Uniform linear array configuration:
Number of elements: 48
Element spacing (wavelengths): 0.5
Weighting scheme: blackman
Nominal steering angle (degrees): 0
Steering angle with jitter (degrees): -1.569
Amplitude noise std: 0.05
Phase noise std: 0.05

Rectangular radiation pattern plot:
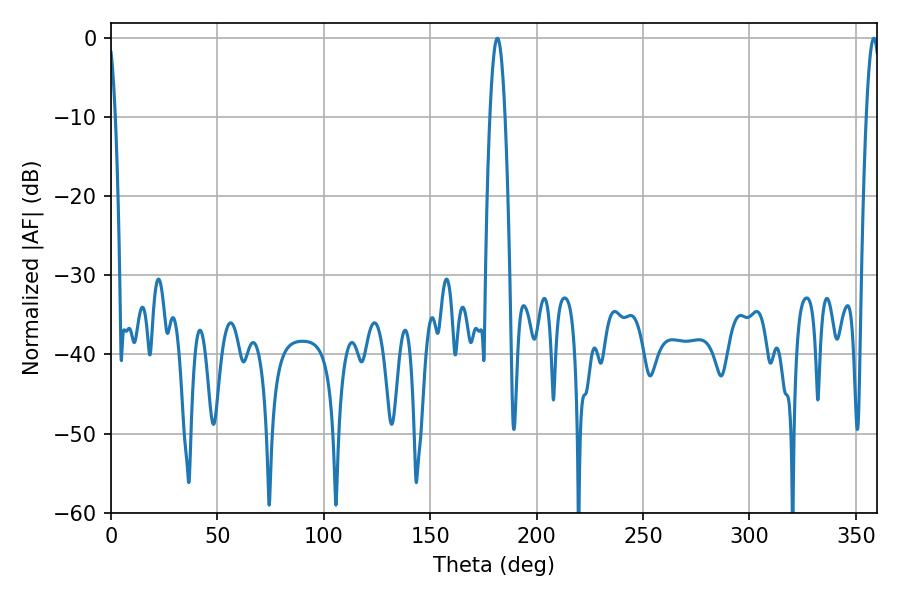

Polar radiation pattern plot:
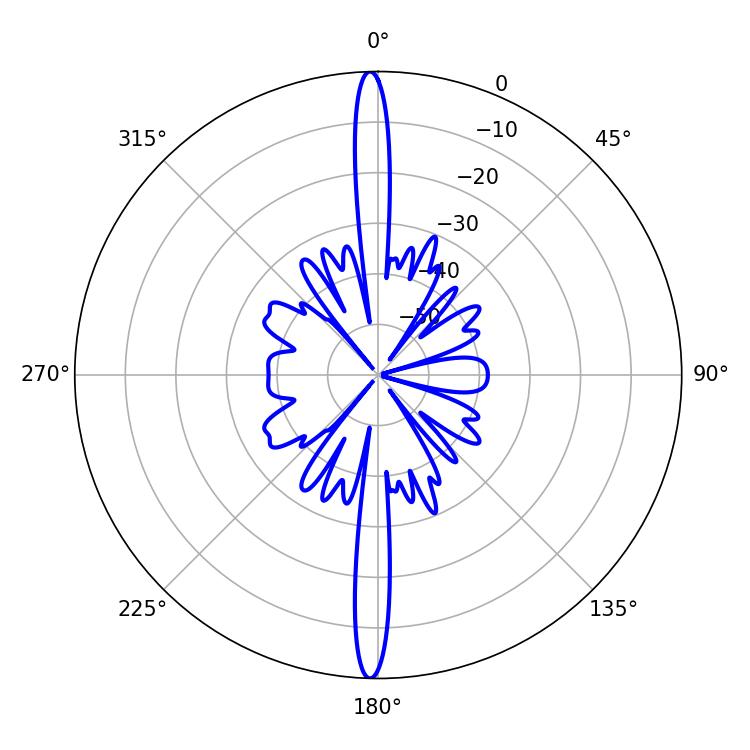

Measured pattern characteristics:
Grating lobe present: FALSE
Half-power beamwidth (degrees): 3.78
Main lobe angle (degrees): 181.62